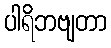
ပါရိဘဗျတာ